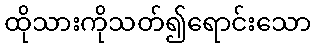
ထိုသားကိုသတ်၍ရောင်းသော